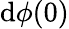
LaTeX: \mathrm{d}\phi(0)